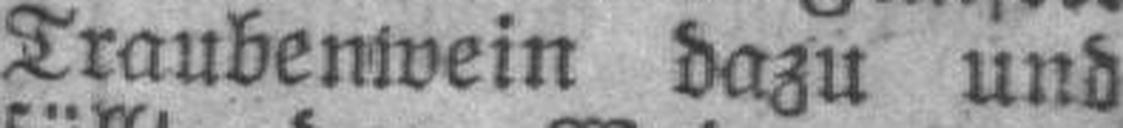
Traubenwein dazu und